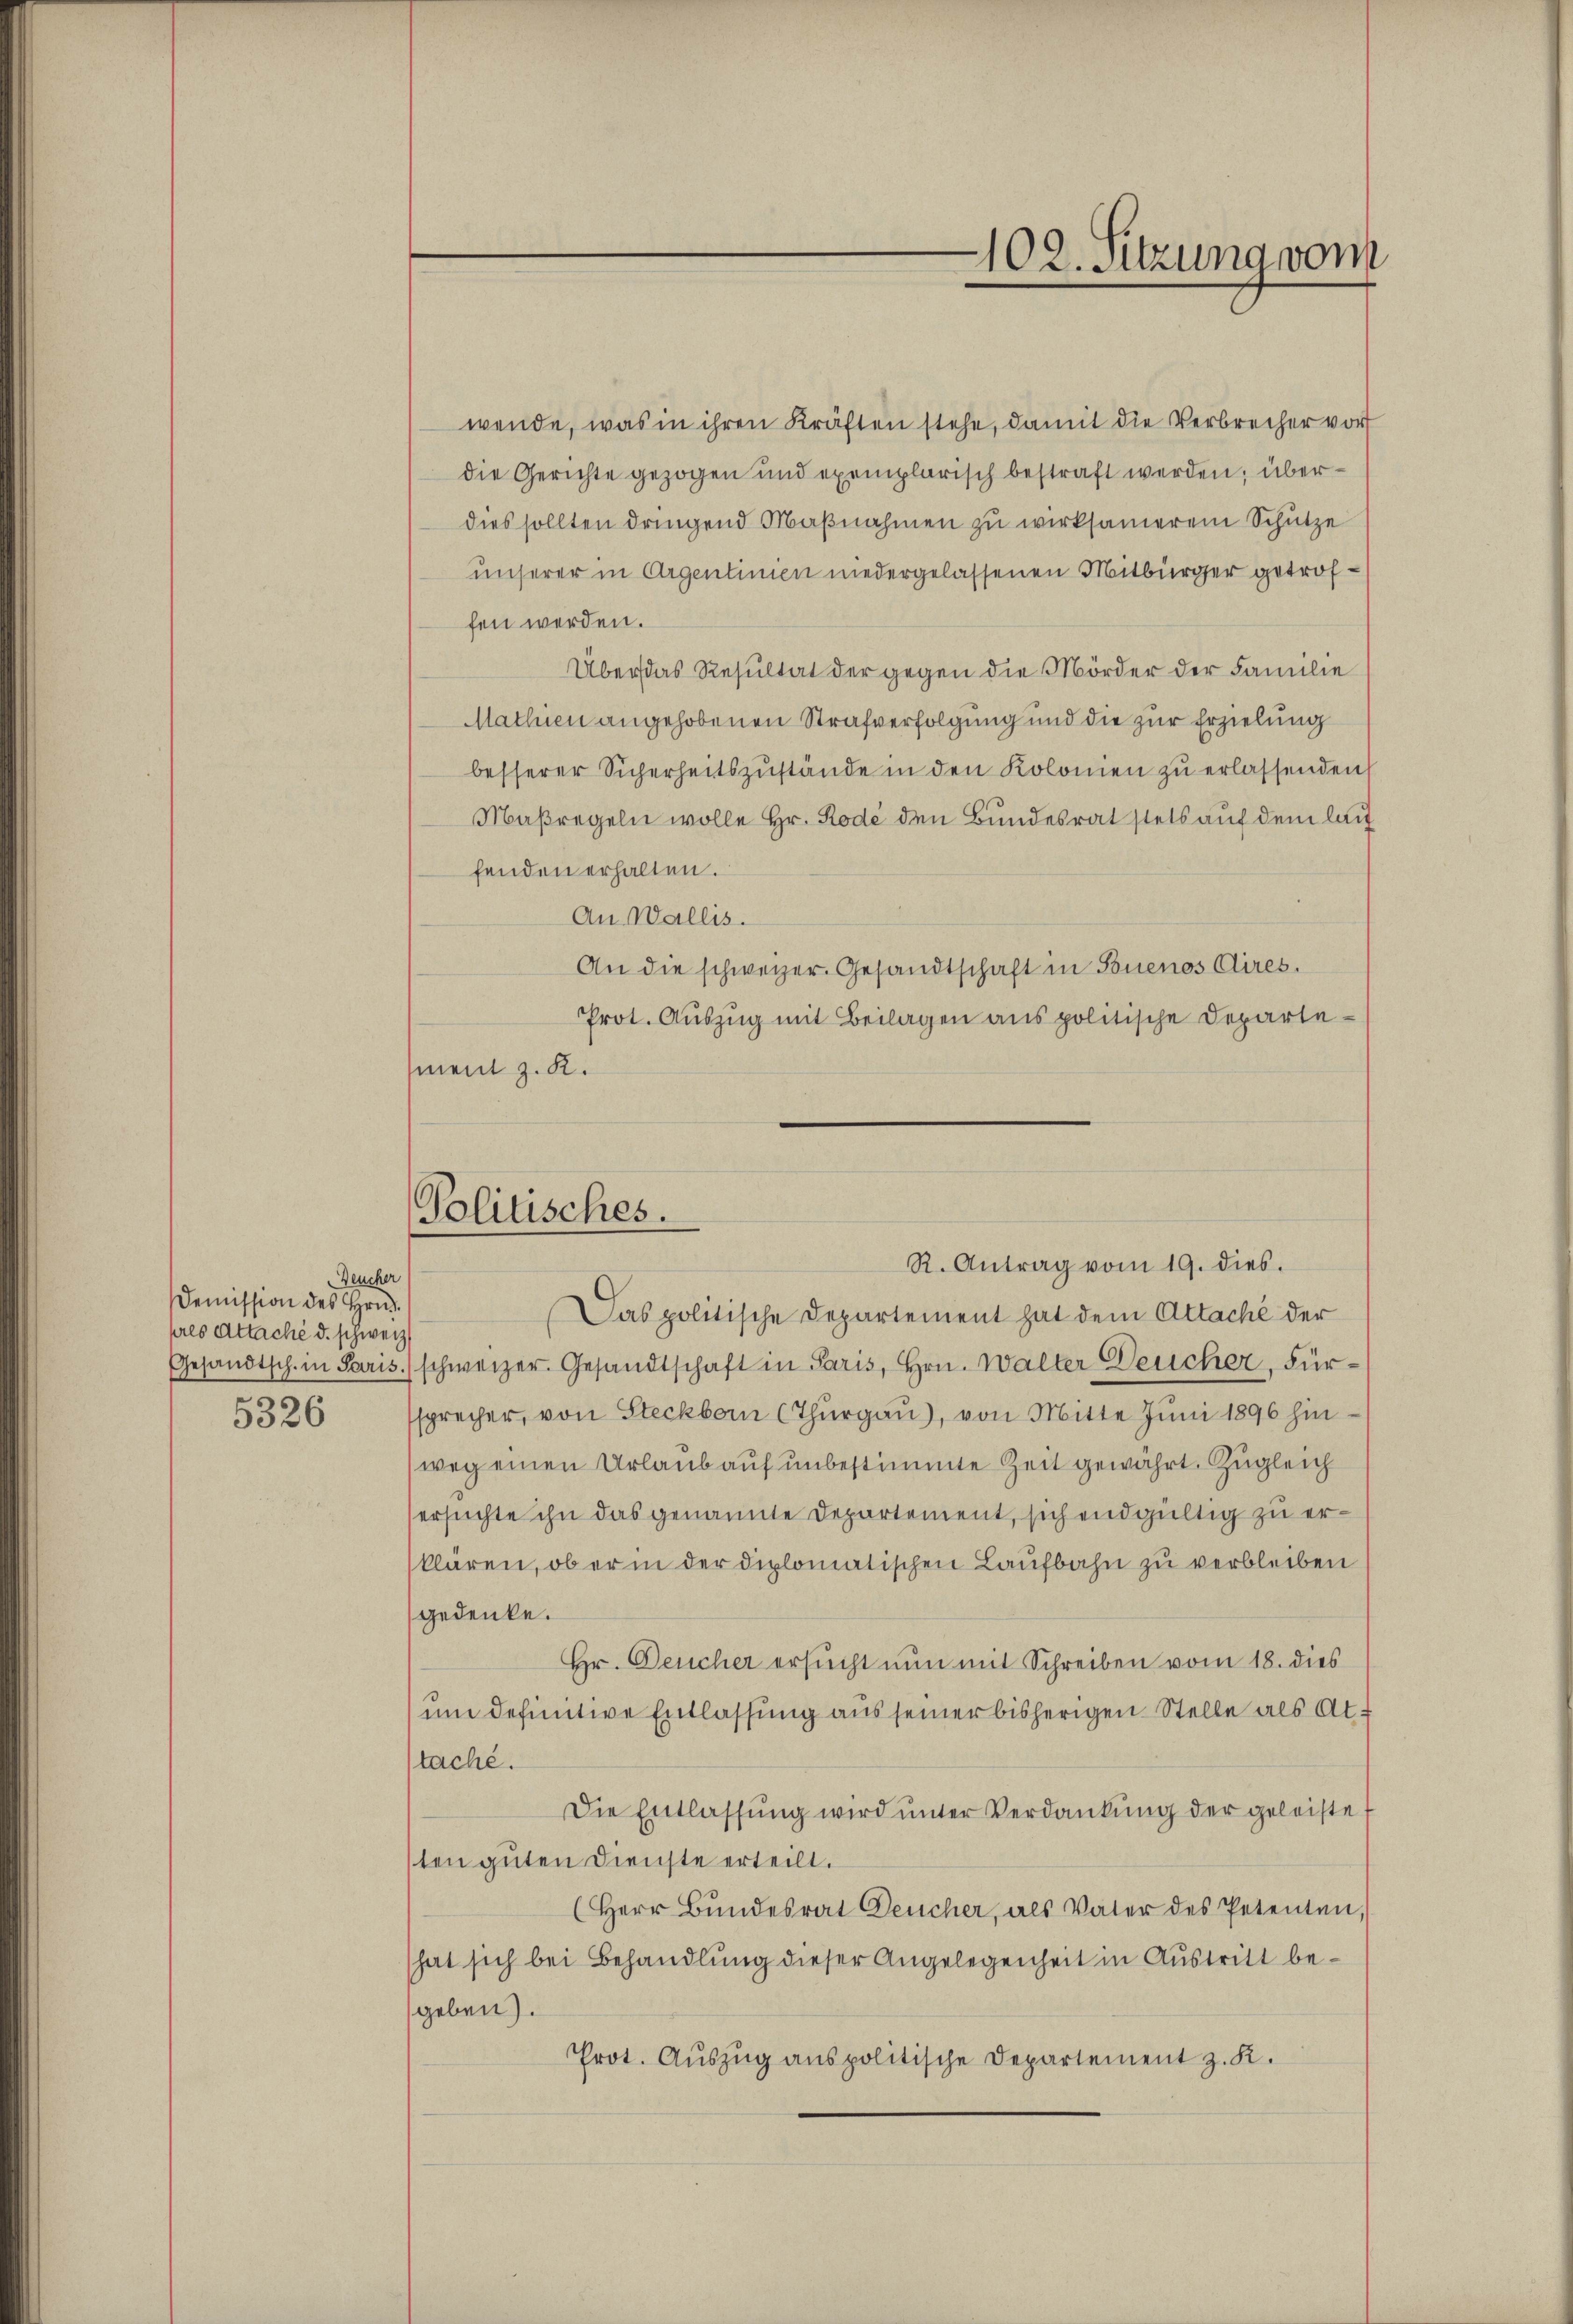
Deucher
Demission des Hrn.
pres Attaché d. schweiz.
5326

wende, was in ihren Kräften stehe, damit die Verbrecher vor
die Gerichte gezogen und exemplarisch bestraft werden; überdies sollten dringend Maßnahmen zu wirksamerem Schütze
unserer in Argentinien niedergelassenen Mitbürger getroffen werden.
Über das Resultat der gegen die Mörder der Familie
Mathien angehobenen Strafverfolgung und die zur Erzielung
besserer Sicherheitszŭstände in den Kolonien zŭ erlassenden
Maßregeln wolle Hr. Rode den Bundesrat stets auf dem laut
fenden erhalten.
An Wallis.
An die schweizer. Gesandtschaft in Buenos Aires.
Prot. Auszug mit Beilagen aus politische Departement z. K.
e
Das politische Departement hat dem Attaché der
Gesandtsch. in Paris.) schweizer. Gesandtschaft in Paris, Hrn. Walter Deucher, Fürssprecher, von Steckborn (Thurgau), von Mitte Juni 1896 hinweg einen Urlaub auf unbestimmte Zeit gewährt. Zugleich
ersuchte ihn das genannte Departement, sich endgültig zu erklären, ob er in der diplomatischen Laufbahn zu verbleiben
gedenke.
Hr. Deucher ersucht nun mit Schreiben vom 18. dies
um definitive Entlassung aus seiner bisherigen Stelle als Atstache.
Die Entlassŭng wird ŭnter Verdankŭng der geleistet
ten guten Dienste erteilt.
(Herr Bŭndesrat Deucher, als Vater des Petenten,
hat sich bei Behandlung dieser Angelegenheit in Austritt begeben).
Prot. Auszug aus politische Departement z. K.

102. Sitzung vom

Politisches.
R. Antrag vom 19. dies.